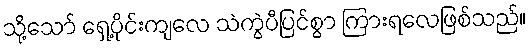
သို့သော် ရှေ့ပိုင်းကျလေ သဲကွဲပီပြင်စွာ ကြားရလေဖြစ်သည်။